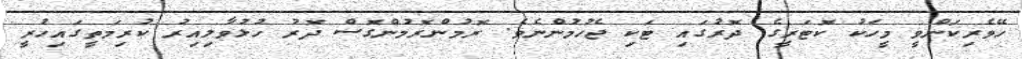
ހޭވެރިކަންވީ މީހަކު ކޮޓަރީގެ ދޮރުގައި ޓަކި ޖެހުމުންނެވެ. ރޮމުންރޮމުންގޮސް ދޮރު ހުޅުވާލިއިރު ކުރިމަތީގައިހުރީ